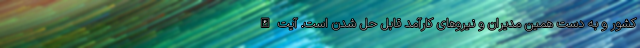
کشور و به دست همین مدیران و نیروهای کارآمد قابل حل شدن است. آیت الله